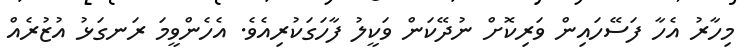
މިހާރު އެހާ ފަސޭހައިން ވަރިކޮށް ނުދޭކަން ވަކީލު ފާހަގަކުރިއެވެ. އެހެންވީމަ ރަނގަޅު އުޒުރެއް